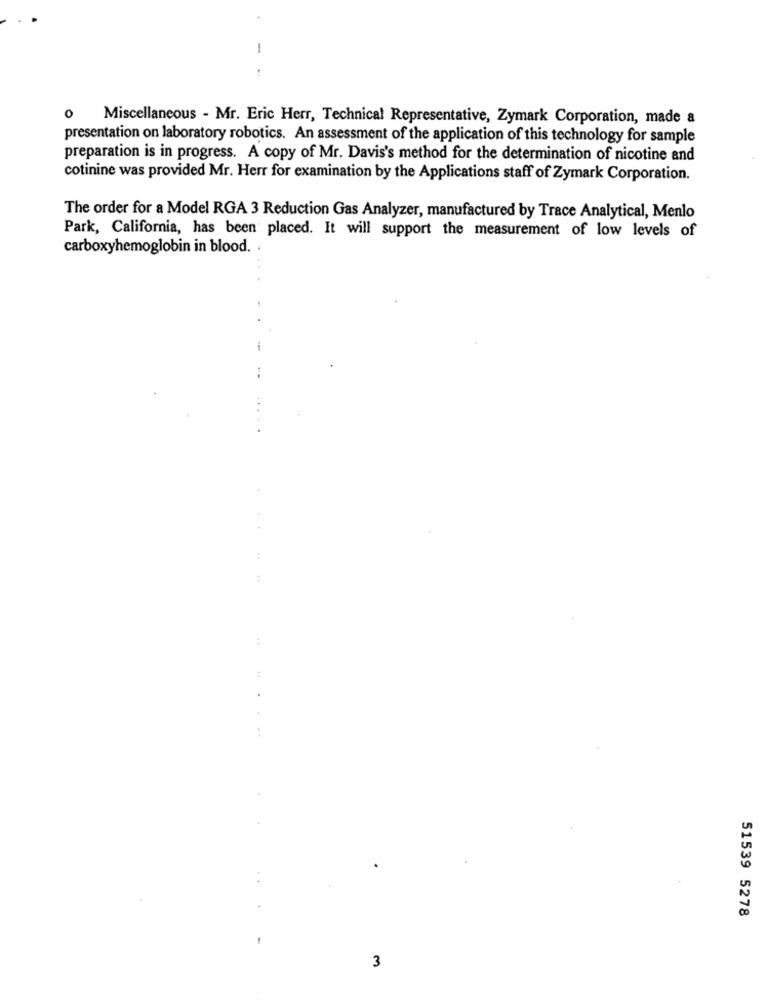
-
Miscellaneous - Mr. Eric Herr, Technical Representative, Zymark Corporation, made a
presentation on laboratory robotics. An assessment of the application of this technology for sample
preparation is in progress. A copy of Mr. Davis's method for the determination of nicotine and
cotinine was provided Mr. Herr for examination by the Applications staff of Zymark Corporation.
The order for a Model RGA 3 Reduction Gas Analyzer, manufactured by Trace Analytical, Menlo
Park, California, has been placed. It will support the measurement of low levels of
carboxyhemoglobin in blood. .
...
:
:
....
..
51539 5278
3